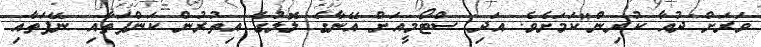
ވަރަށް ދުއާ ކުރިން"ކަމަށެވެ. އަދި ސްޓޯމީއަށް އޭނާގެ ލޮލުގެ އިތުރުން ކަންފަތާއި ނޭފަތާއި